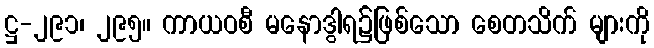
ဋ္ဌ-၂၉၁၊ ၂၉၅။ ကာယဝစီ မနောဒွါရ၌ဖြစ်သော စေတသိက် များကို